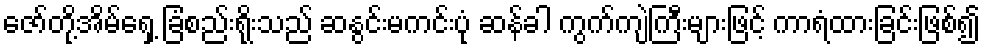
ဇော်တို့အိမ်ရှေ့ ခြံစည်းရိုးသည် ဆနွင်းမကင်းပုံ ဆန်ခါ ကွက်ကျဲကြီးများဖြင့် ကာရံထားခြင်းဖြစ်၍